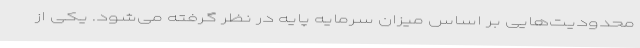
محدودیت‌هایی بر اساس میزان سرمایه پایه در نظر گرفته می‌شود. یکی از